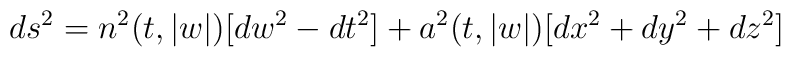
ds^2=n^2(t,|w|)[dw^2-dt^2]+a^2(t,|w|)[dx^2+dy^2+dz^2]